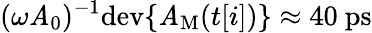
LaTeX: (\omega\mathit{A}_{0})^{-1}\mathrm{{dev}}\{ \mathit{A}_{\mathrm{{M}}}(t[i])\} \approx40~\mathrm{{ps}}